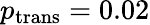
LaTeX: p_{\mathrm{trans}}=0.02